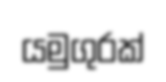
යමුගුරක්